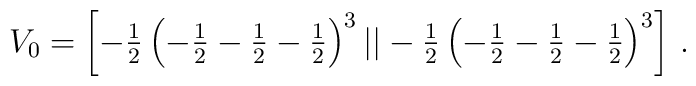
V_0  = \textstyle{\left[-{1\over 2}\left(-{1\over 2}-{1\over 2}-{1\over 2}\right)^3 ||  -{1\over 2}\left(-{1\over 2}-{1\over 2}-{1\over 2}\right)^3\right]}~.